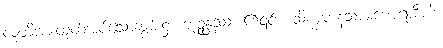
လူတို့အားထုတ်အပ်သောဆွမ်း၌။ ဘုဉ္ဇန္တဿ၊ ၏၎င်း။ သိက္ခမာနသာမဏေရာဒီဟိ၊